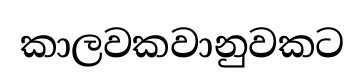
කාලවකවානුවකට